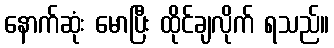
နောက်ဆုံး မောပြီး ထိုင်ချလိုက် ရသည်။